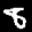
Label: 8